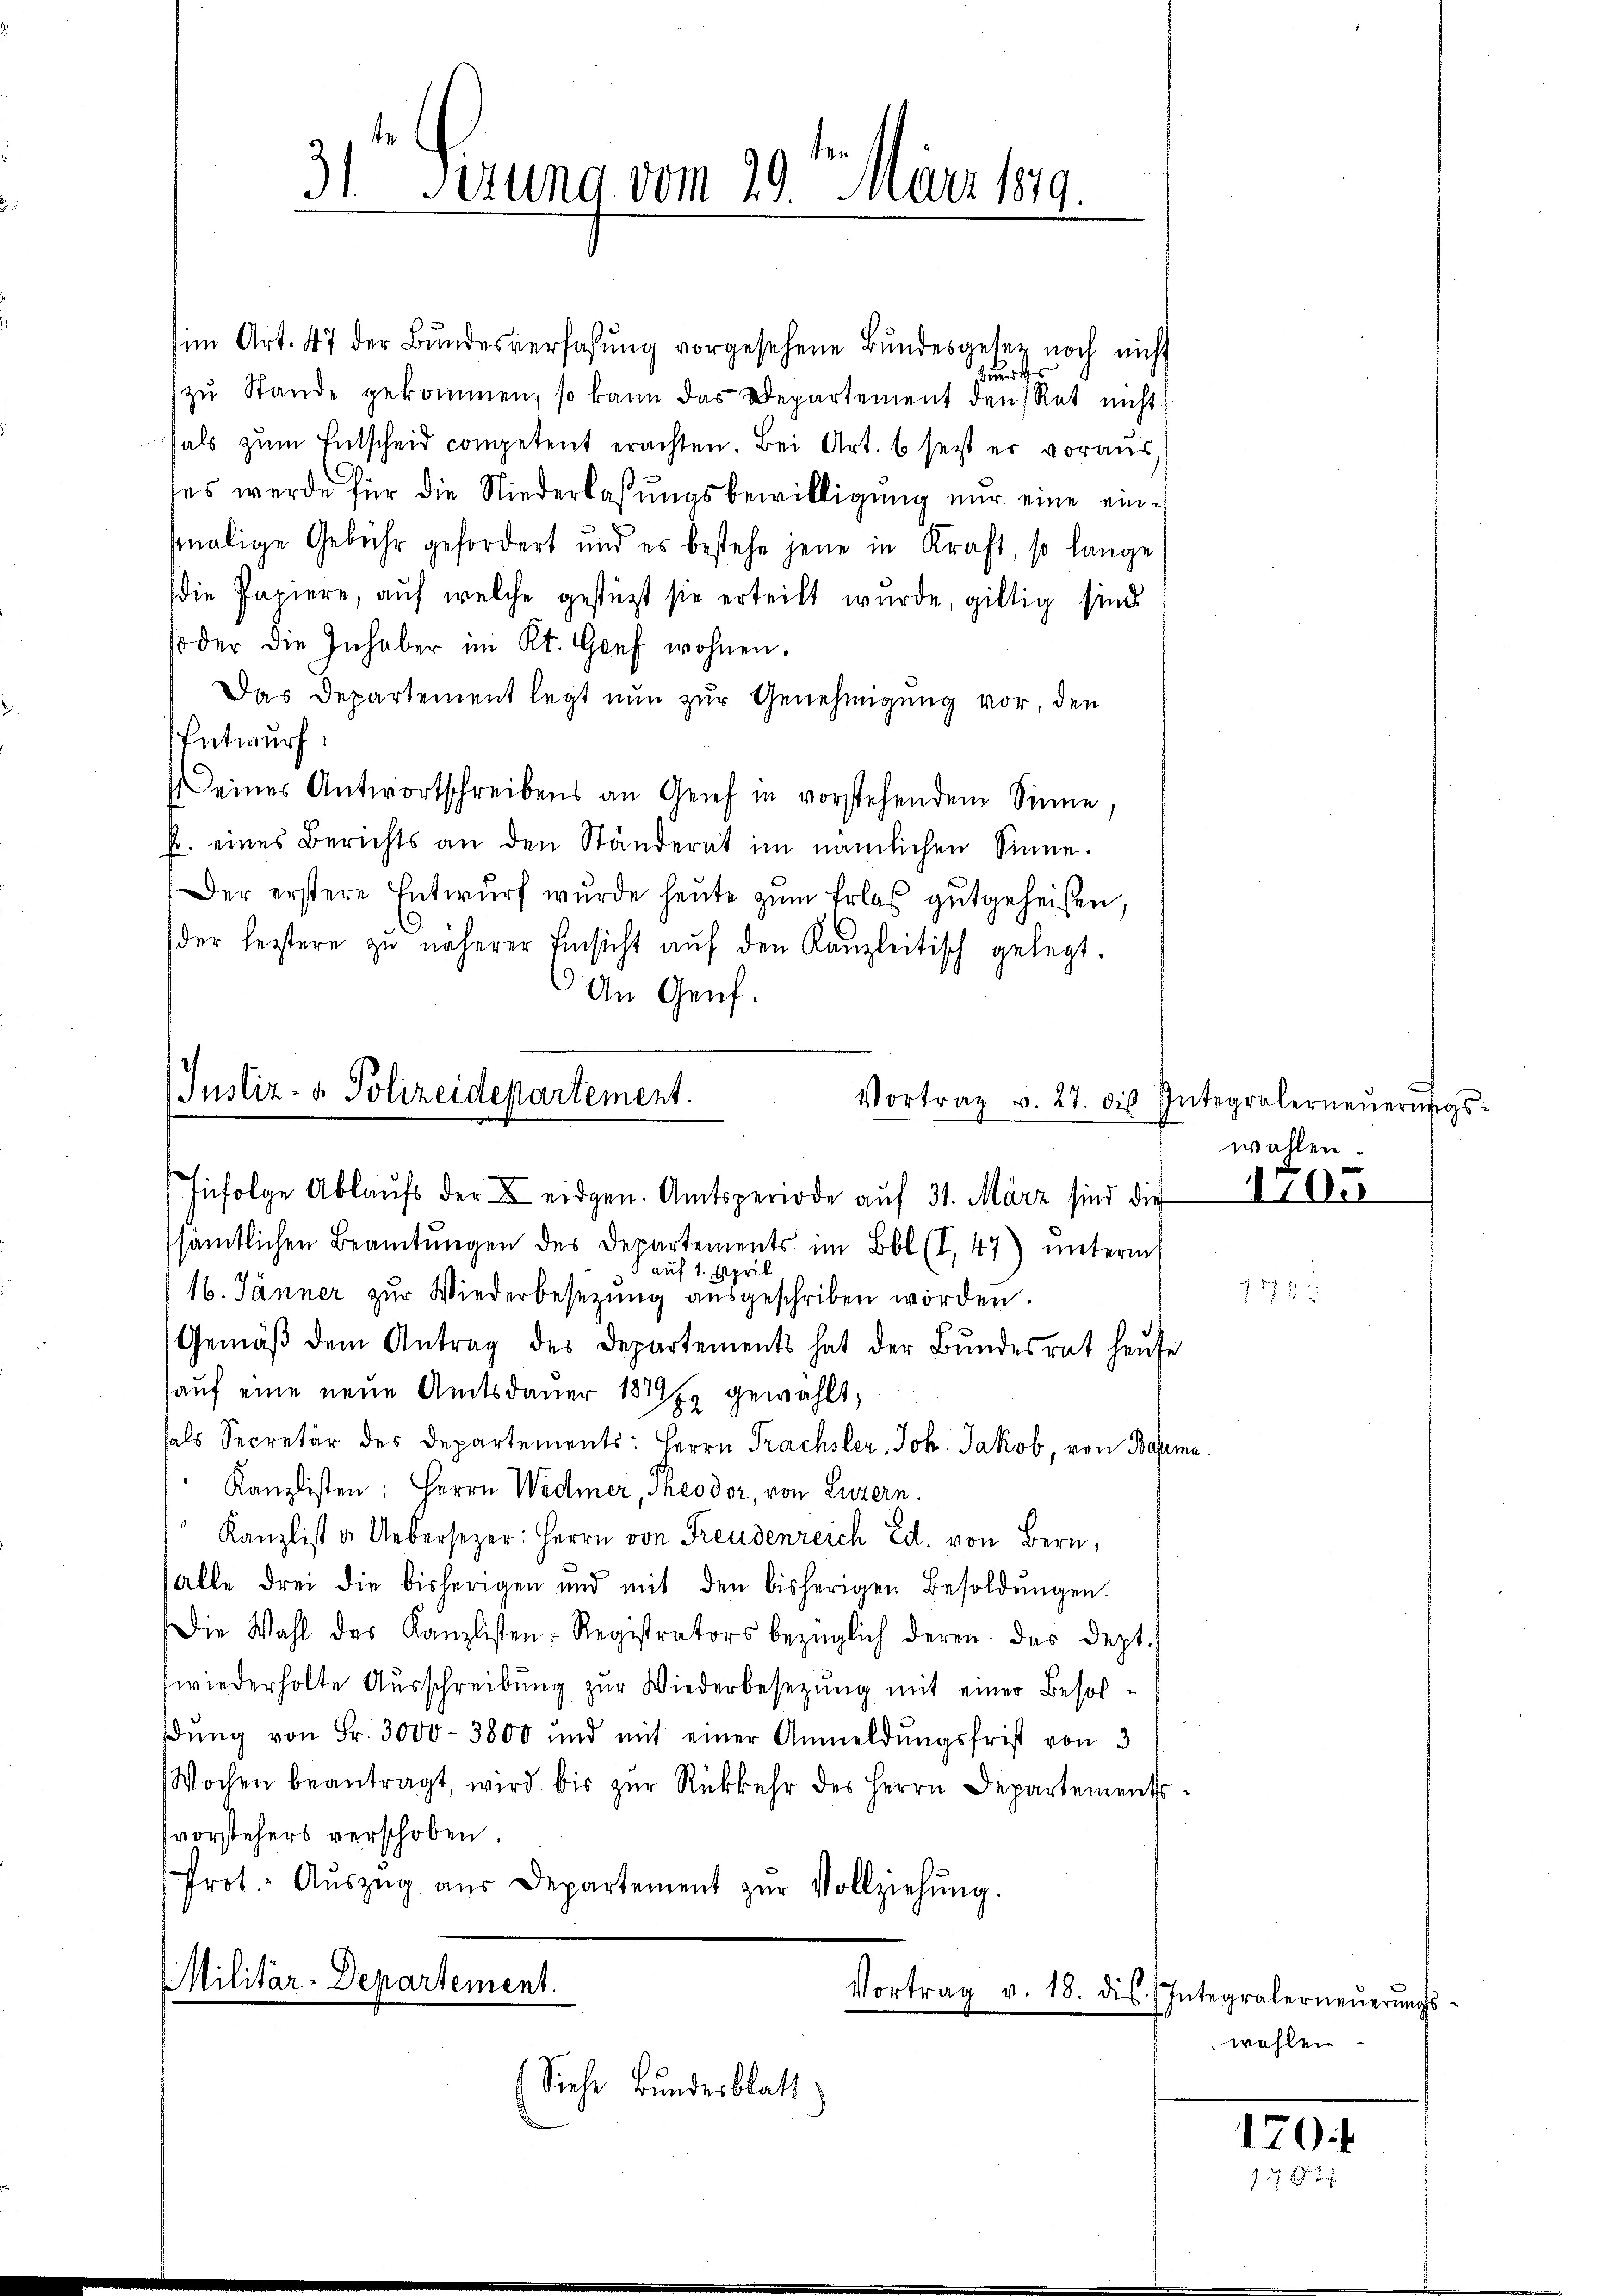
31 Perung vom 29 t März 189.

im Art. 47 der Bŭndesverfassŭng vorgesehene Bŭndesgesetz noch nicht
indt
zŭ Stande gekommen, so kann das Departement den Rat nicht
hals zum Entscheid competent erachten. Bei Art. 6 seit er voraus,
ses werde für die Niederlaßungsbewilligŭng nur eine einhmalige Gebühr gefordert und es bestehe jene in Kraft, so lange
die Papiere, auf welche gestützt sie erteilt wurde, giltig sind
soder die Inhaber im Kt. Genf wohnen.
Das Departement legt nun zur Genehmigung vor, den
Entwurf.
Deines Antwortschreibens an Genf in vorstehendem Sinne,
fr. eines Berichts an den Ständerat im nämlichen Sinne.
Der erstere Entwurf wurde heute zum Erlaß gutgeheißen,
der leistere zu näherer Einsicht aŭf den Kanzleitisch gelegt.
An Genf.
sämtlichen Beamtungen des Departements im Bbl (I. 47) unterm
1 auf 1. April
16. Jänner zŭr Wiederbesetzŭng aŭsgeschriben worden.
Gemäβ dem Antrag des Departements hat der Bundesrat heute
hauf eine neue Amtsdauer 1879 Es gewählt,
sals Secretär des Departements: Herrn Frachsler, Joh. Jakob, von Bauma
Kanzlisten: Herrn Widmer, Theodor, von Luzern.
Kanzlist u. Uebersezer: Herrn von Freudenreich Ed. von Bern,
(alle drei die bisherigen und mit den bisherigen Besoldŭngen.
Die Wahl des Kanzlisten: Registrators bezüglich deren das dept.
wiederholte Ausschreibung zur Wiederbesezung mit einer Besoldŭng von Fr. 3000-3800 und mit einer Anmeldŭngsfrist von 3
Wochen beantragt, wird bis zŭr Rückkehr des Herrn Departements
vorstehers verschoben.
Prot. Aŭszŭg aŭs Departement zŭr Vollziehŭng.
Militär-Departement.
Vortrag v. 18. die Integralerneŭerŭngs-

(Justiz- & Polizeidepartement.
Infolge Ablaufs der X eidgen. Amtsperiode auf 31. März sind die

(Siehe Bundesblatt

Vortrag v. 27. die Integralerneŭerŭngs-
wahlen.

Uiber

wahlen.

170.
17 x